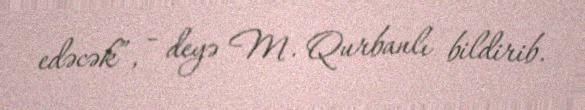
edəcək”, - deyə M. Qurbanlı bildirib.